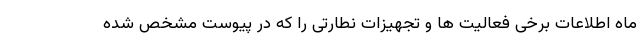
ماه اطلاعات برخی فعالیت ها و تجهیزات نطارتی را که در پیوست مشخص شده